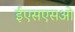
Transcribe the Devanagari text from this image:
ईएसएसओ